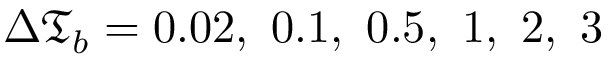
\Delta \mathfrak { T } _ { b } = 0 . 0 2 , \ 0 . 1 , \ 0 . 5 , \ 1 , \ 2 , \ 3